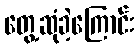
တွေ့ဆုံခဲ့ကြောင်း